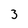
Character: 3